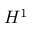
H ^ { 1 }